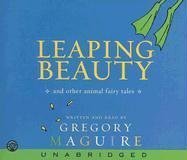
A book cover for Leaping Beauty CD; Gregory Maguire; Children's Books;